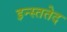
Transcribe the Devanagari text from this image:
इन्स्ततेद